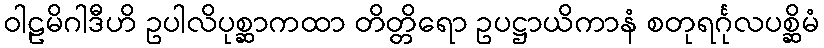
ဝါဠမိဂါဒီဟိ ဥပါလိပုစ္ဆာကထာ တိတ္တိရော ဥပဋ္ဌာယိကာနံ စတုရင်္ဂုလပစ္ဆိမံ